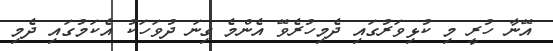
އޭނާ ހުރީ މި ކުޅިވަރުގައި ދެމިހުރެވޭ އެންމެ ގިނަ ދުވަހަކު އެކަމުގައި ދެމި